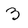
Character: 3